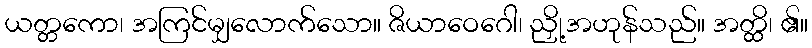
ယတ္တကော၊ အကြင်မျှလောက်သော။ ဇိယာဝေဂေါ၊ ညှို့အဟုန်သည်။ အတ္ထိ၊ ၏။